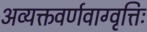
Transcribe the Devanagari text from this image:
अव्यक्तवर्णवाग्वृत्तिः